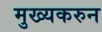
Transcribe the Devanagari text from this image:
मुख्यकरुन